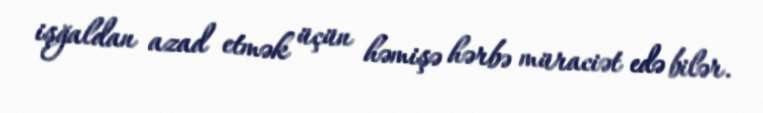
işğaldan azad etmək üçün həmişə hərbə müraciət edə bilər.